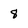
Character: 8